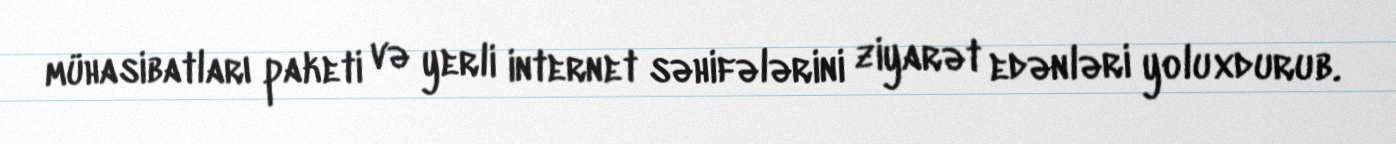
mühasibatları paketi və yerli internet səhifələrini ziyarət edənləri yoluxdurub.